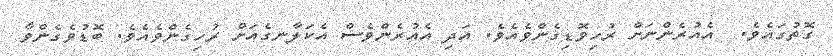
ގޮތުގައެވެ.  އެއުރެންނަށް ރުހިވޮޑިގެންވެއެވެ. އަދި އެއުރެންވެސް އެކަލާނގެއަށް ރުހިގެންވެއެވެ. ބޮޑުވެގެންވާ